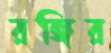
রঙ্গির